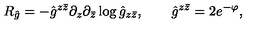
R _ { \hat { g } } = - { \hat { g } } ^ { z \bar { z } } \partial _ { z } \partial _ { \bar { z } } \log { \hat { g } } _ { z \bar { z } } , \qquad \hat { g } ^ { z \bar { z } } = 2 e ^ { - \varphi } ,